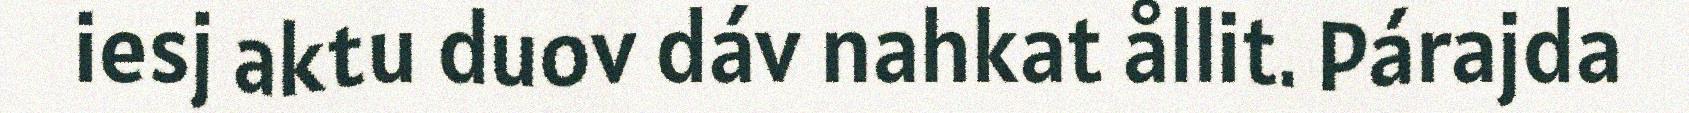
iesj aktu duov dáv nahkat ållit. Párajda